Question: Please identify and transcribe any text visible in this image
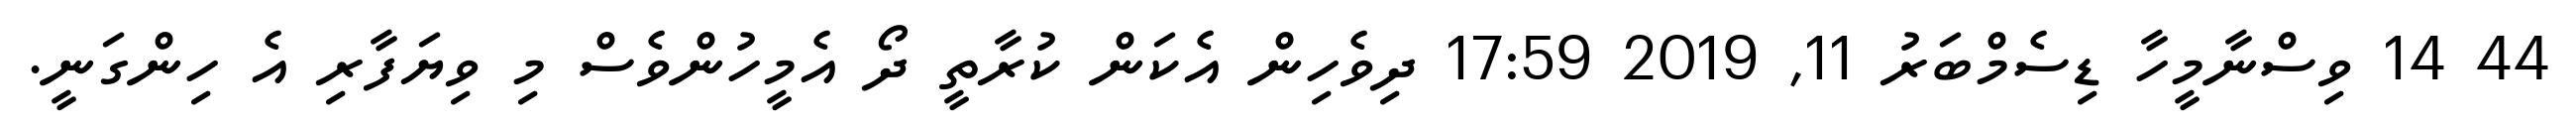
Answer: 44 14 ވިސްނާމީހާ ޑިސެމްބަރު 11, 2019 17:59 ދިވެހިން އެކަން ކުރާތީ ދޯ އެމީހުންވެސް މި ވިޔަފާރި އެ ހިންގަނީ.